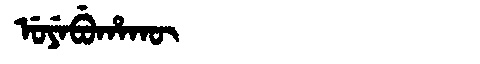
Manchu: ᡠᠶᡝᠪᡠᡥᠠᡴᡡ
Romanization: UYEBUHAKŪ